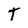
Character: T